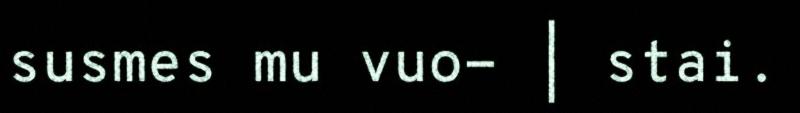
susmes mu vuo- | stai.